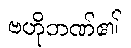
ဗဟိုဘဏ်၏